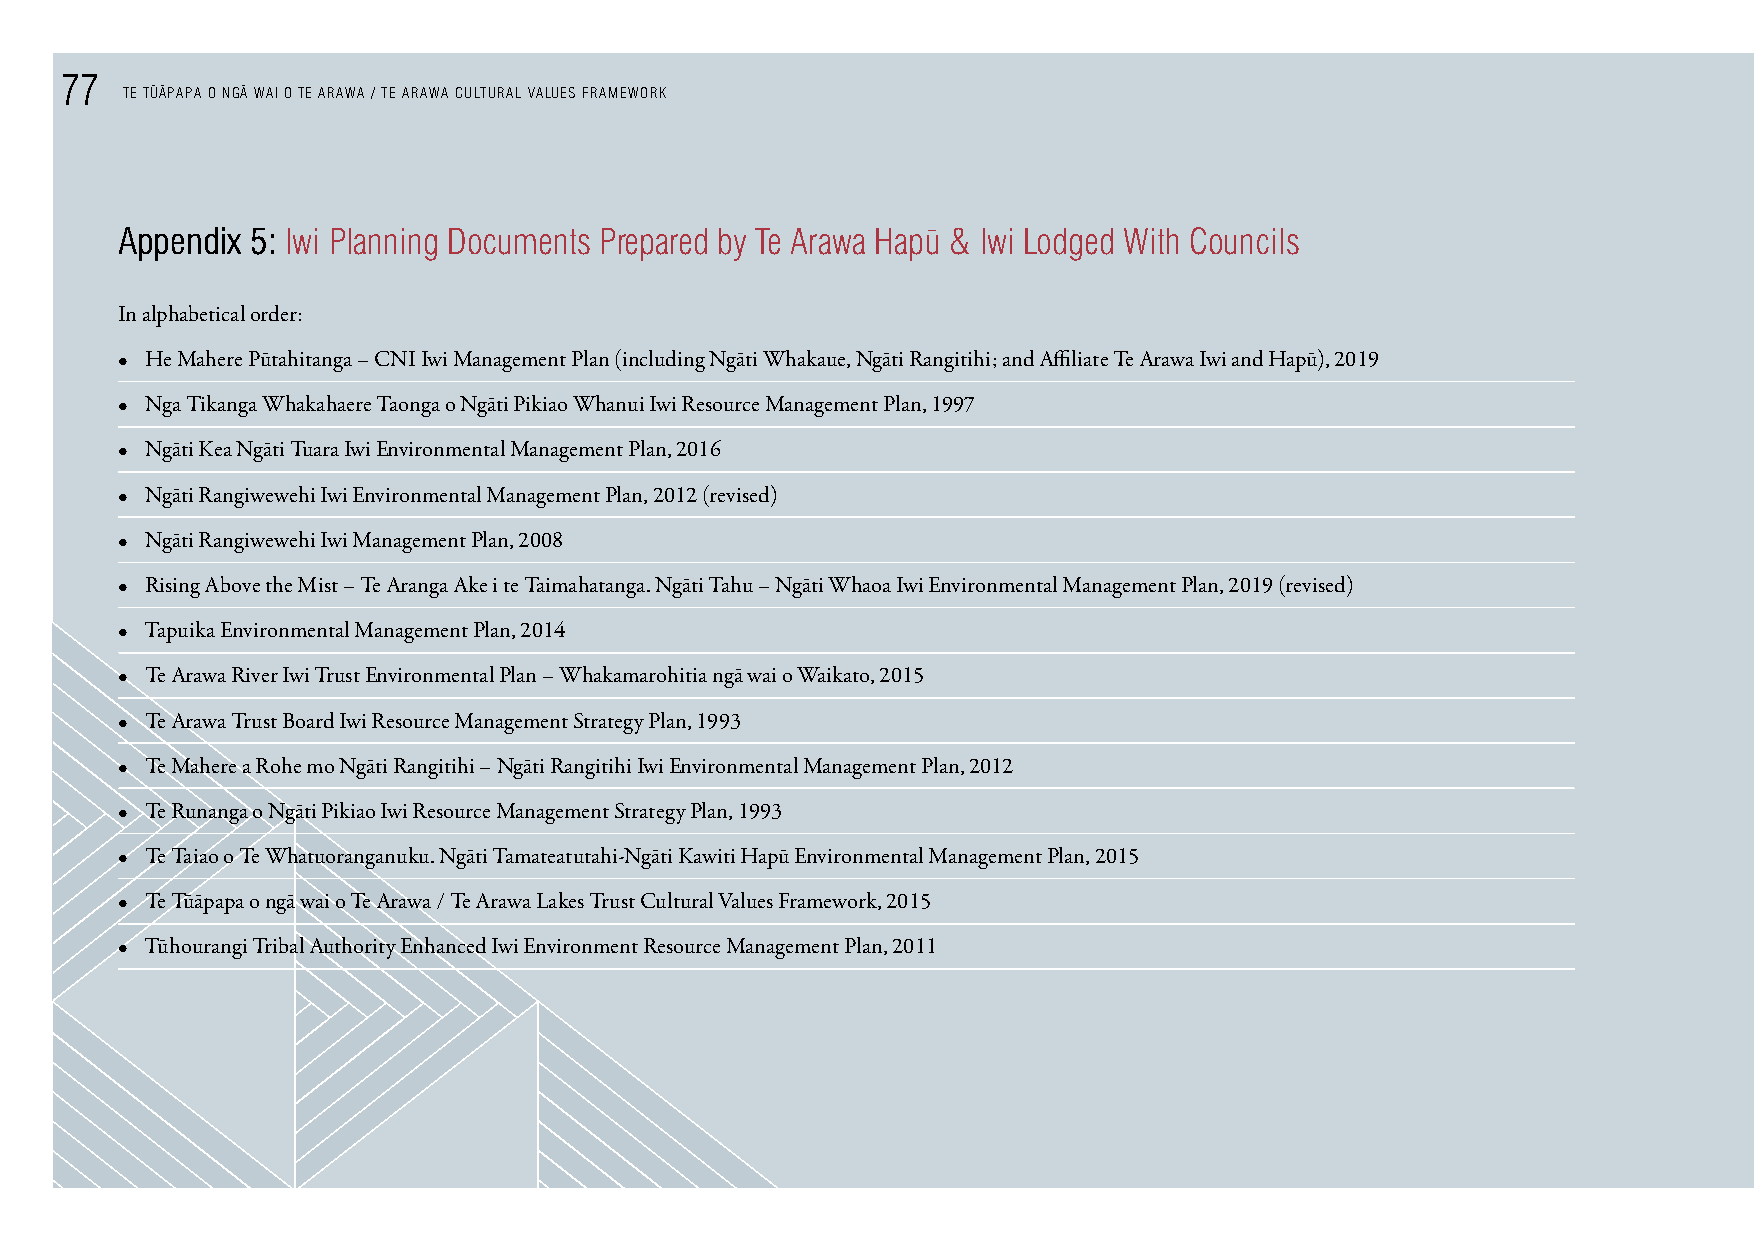
77    - -   -
 TE TUAPAPA O NGA WAI O TE ARAWA / TE ARAWA CULTURAL VALUES FRAMEWORK
 Appendix 5: Iwi planning documents prepared by Te Arawa Hap¯u & Iwi Lodged With councils
 In alphabetical order:
 • He Mahere Pūtahitanga – CNI Iwi Management Plan (including Ngāti Whakaue, Ngāti Rangitihi; and Affiliate Te Arawa Iwi and Hapū), 2019
 • Nga Tikanga Whakahaere Taonga o Ngāti Pikiao Whanui Iwi Resource Management Plan, 1997
 • Ngāti Kea Ngāti Tuara Iwi Environmental Management Plan, 2016
 • Ngāti Rangiwewehi Iwi Environmental Management Plan, 2012 (revised)
 • Ngāti Rangiwewehi Iwi Management Plan, 2008
 • Rising Above the Mist – Te Aranga Ake i te Taimahatanga. Ngāti Tahu – Ngāti Whaoa Iwi Environmental Management Plan, 2019 (revised)
 • Tapuika Environmental Management Plan, 2014
 • Te Arawa River Iwi Trust Environmental Plan – Whakamarohitia ngā wai o Waikato, 2015
 • Te Arawa Trust Board Iwi Resource Management Strategy Plan, 1993
 • Te Mahere a Rohe mo Ngāti Rangitihi – Ngāti Rangitihi Iwi Environmental Management Plan, 2012
 • Te Runanga o Ngāti Pikiao Iwi Resource Management Strategy Plan, 1993
 • Te Taiao o Te Whatuoranganuku. Ngāti Tamateatutahi-Ngāti Kawiti Hapū Environmental Management Plan, 2015
 • Te Tūāpapa o ngā wai o Te Arawa / Te Arawa Lakes Trust Cultural Values Framework, 2015
 • Tūhourangi Tribal Authority Enhanced Iwi Environment Resource Management Plan, 2011